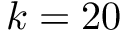
k = 2 0